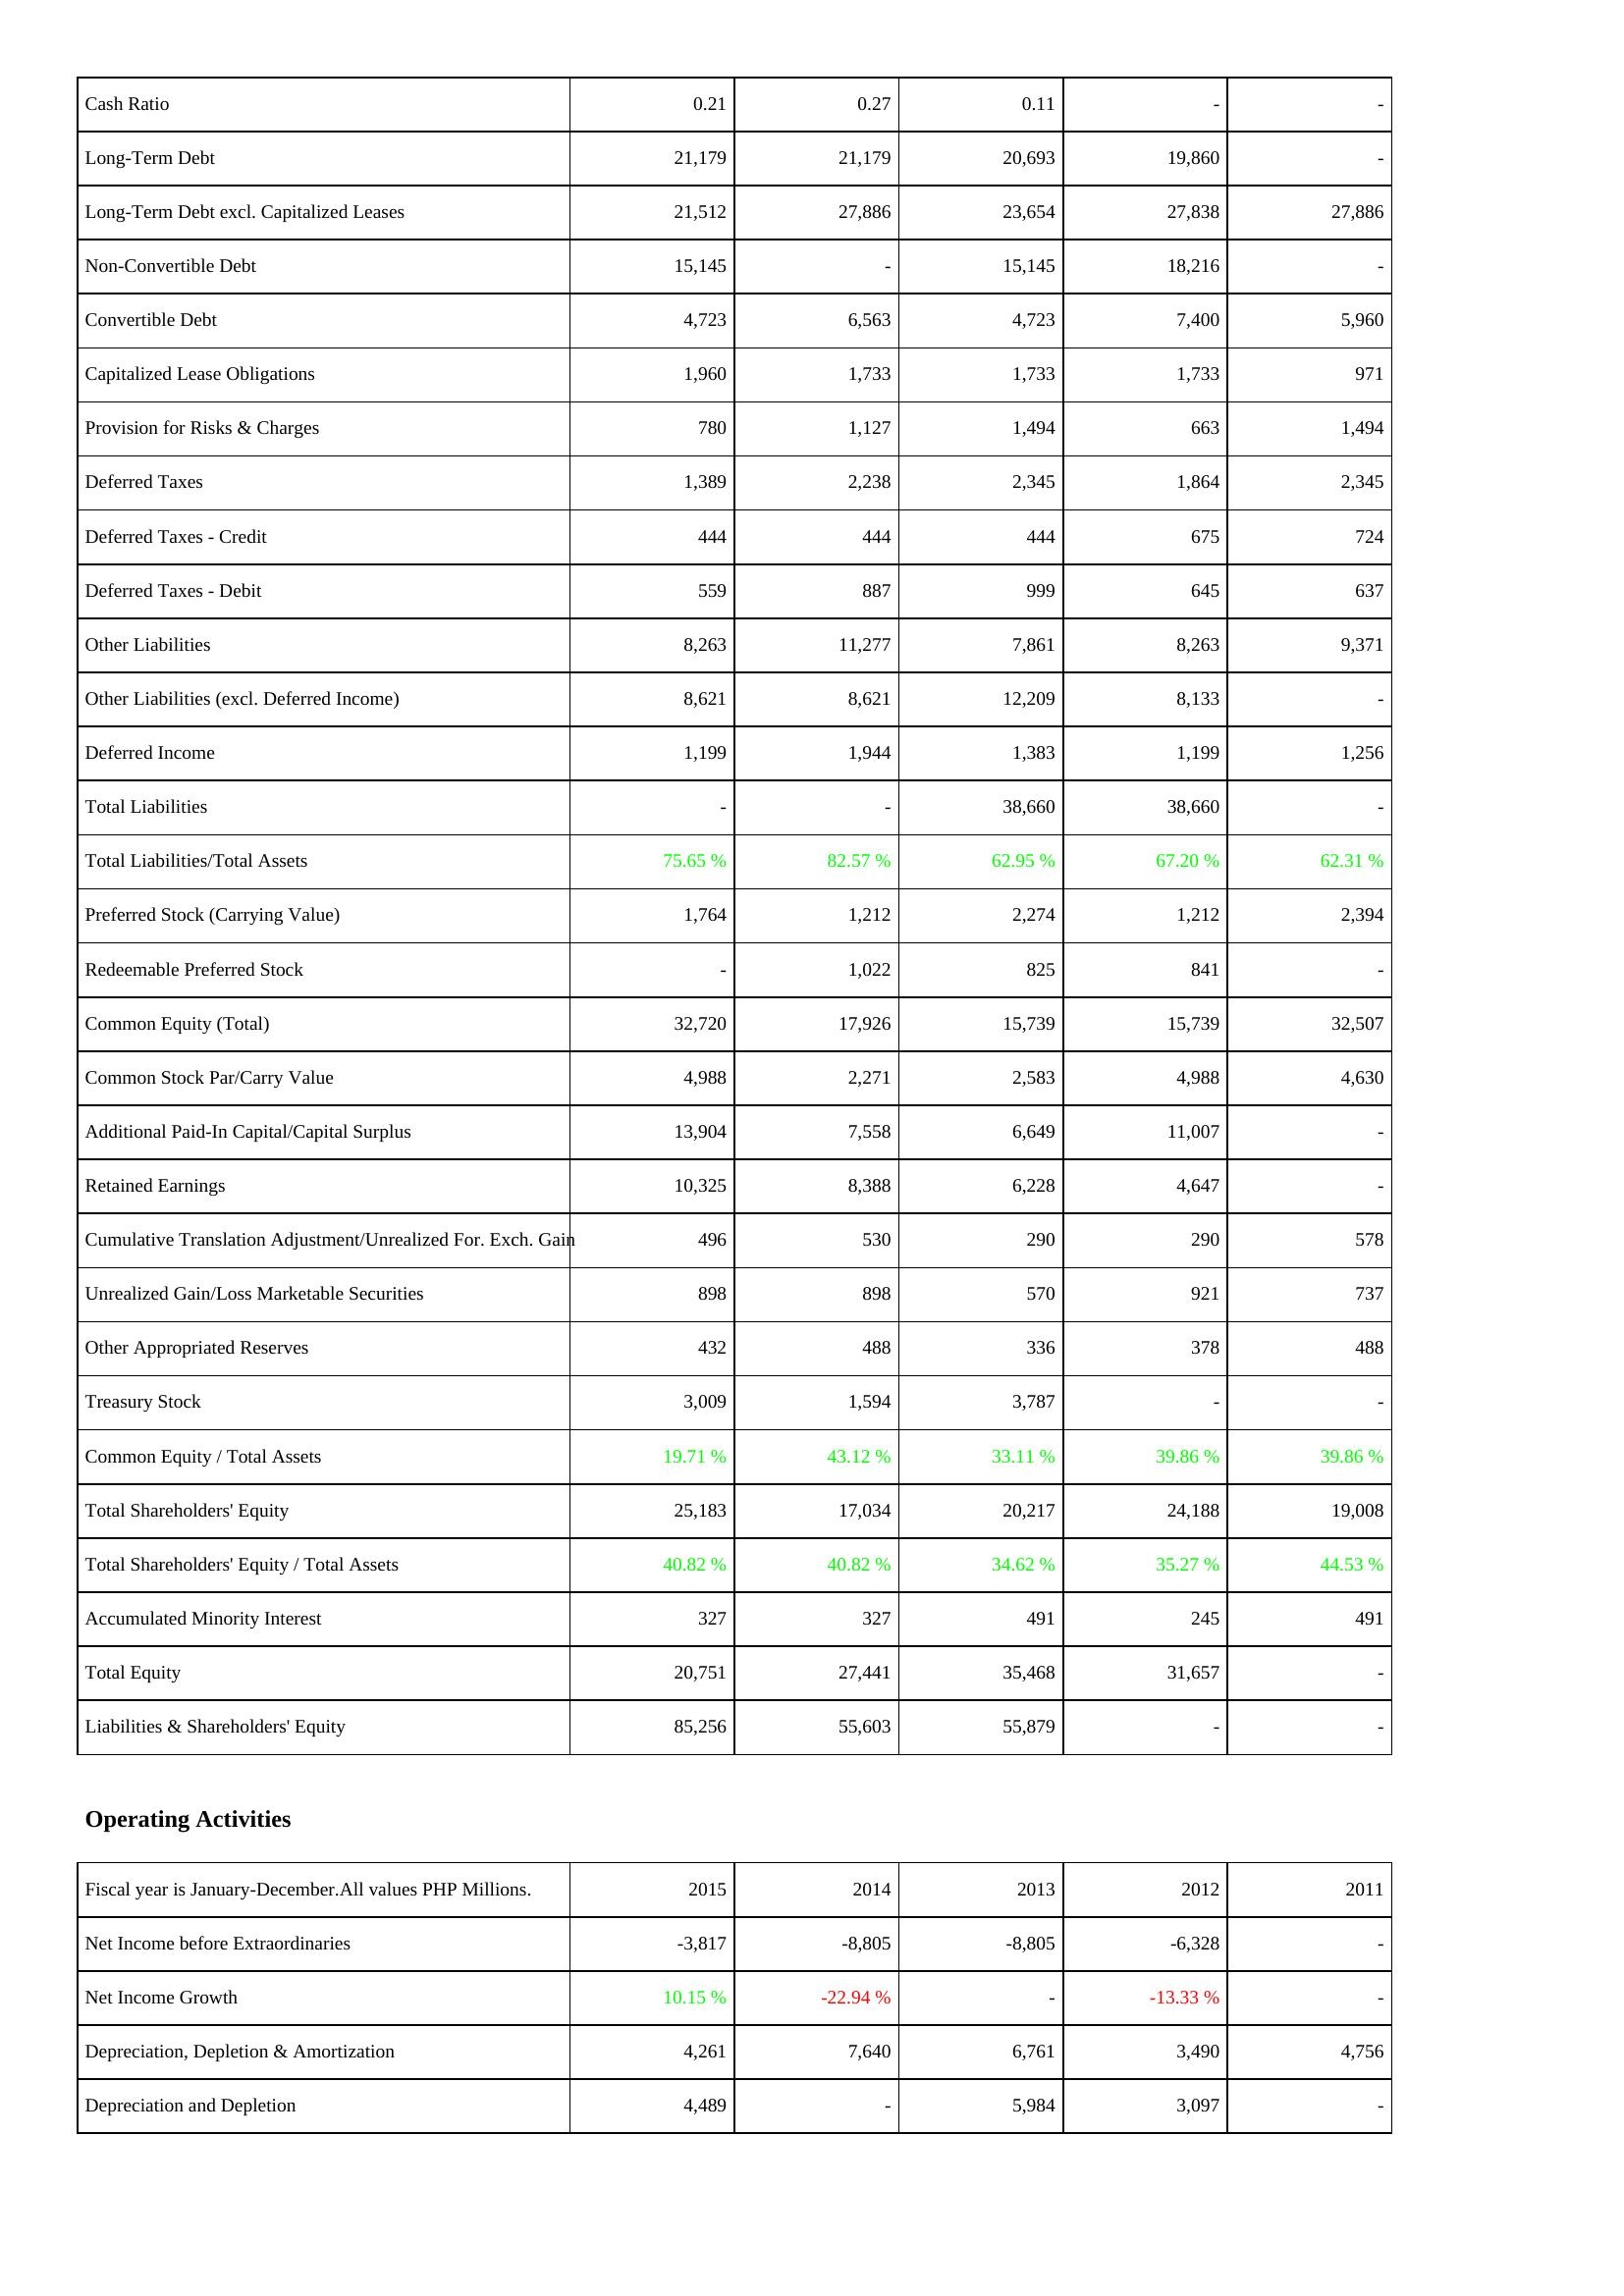
2015: Liabilities & Shareholders' Equity: Cash Ratio: 0.21
Long-Term Debt: 21,179
Long-Term Debt excl. Capitalized Leases: 21,512
Non-Convertible Debt: 15,145
Convertible Debt: 4,723
Capitalized Lease Obligations: 1,960
Provision for Risks & Charges: 780
Deferred Taxes: 1,389
Deferred Taxes - Credit: 444
Deferred Taxes - Debit: 559
Other Liabilities: 8,263
Other Liabilities (excl. Deferred Income): 8,621
Deferred Income: 1,199
Total Liabilities: -
Total Liabilities/Total Assets: 75.65 %
Preferred Stock (Carrying Value): 1,764
Redeemable Preferred Stock: -
Common Equity (Total): 32,720
Common Stock Par/Carry Value: 4,988
Additional Paid-In Capital/Capital Surplus: 13,904
Retained Earnings: 10,325
Cumulative Translation Adjustment/Unrealized For. Exch. Gain: 496
Unrealized Gain/Loss Marketable Securities: 898
Other Appropriated Reserves: 432
Treasury Stock: 3,009
Common Equity / Total Assets: 19.71 %
Total Shareholders' Equity: 25,183
Total Shareholders' Equity / Total Assets: 40.82 %
Accumulated Minority Interest: 327
Total Equity: 20,751
Liabilities & Shareholders' Equity: 85,256
Operating Activities: Net Income before Extraordinaries: -3,817
Net Income Growth: 10.15 %
Depreciation, Depletion & Amortization: 4,261
Depreciation and Depletion: 4,489
2014: Liabilities & Shareholders' Equity: Cash Ratio: 0.27
Long-Term Debt: 21,179
Long-Term Debt excl. Capitalized Leases: 27,886
Non-Convertible Debt: -
Convertible Debt: 6,563
Capitalized Lease Obligations: 1,733
Provision for Risks & Charges: 1,127
Deferred Taxes: 2,238
Deferred Taxes - Credit: 444
Deferred Taxes - Debit: 887
Other Liabilities: 11,277
Other Liabilities (excl. Deferred Income): 8,621
Deferred Income: 1,944
Total Liabilities: -
Total Liabilities/Total Assets: 82.57 %
Preferred Stock (Carrying Value): 1,212
Redeemable Preferred Stock: 1,022
Common Equity (Total): 17,926
Common Stock Par/Carry Value: 2,271
Additional Paid-In Capital/Capital Surplus: 7,558
Retained Earnings: 8,388
Cumulative Translation Adjustment/Unrealized For. Exch. Gain: 530
Unrealized Gain/Loss Marketable Securities: 898
Other Appropriated Reserves: 488
Treasury Stock: 1,594
Common Equity / Total Assets: 43.12 %
Total Shareholders' Equity: 17,034
Total Shareholders' Equity / Total Assets: 40.82 %
Accumulated Minority Interest: 327
Total Equity: 27,441
Liabilities & Shareholders' Equity: 55,603
Operating Activities: Net Income before Extraordinaries: -8,805
Net Income Growth: -22.94 %
Depreciation, Depletion & Amortization: 7,640
Depreciation and Depletion: -
2013: Liabilities & Shareholders' Equity: Cash Ratio: 0.11
Long-Term Debt: 20,693
Long-Term Debt excl. Capitalized Leases: 23,654
Non-Convertible Debt: 15,145
Convertible Debt: 4,723
Capitalized Lease Obligations: 1,733
Provision for Risks & Charges: 1,494
Deferred Taxes: 2,345
Deferred Taxes - Credit: 444
Deferred Taxes - Debit: 999
Other Liabilities: 7,861
Other Liabilities (excl. Deferred Income): 12,209
Deferred Income: 1,383
Total Liabilities: 38,660
Total Liabilities/Total Assets: 62.95 %
Preferred Stock (Carrying Value): 2,274
Redeemable Preferred Stock: 825
Common Equity (Total): 15,739
Common Stock Par/Carry Value: 2,583
Additional Paid-In Capital/Capital Surplus: 6,649
Retained Earnings: 6,228
Cumulative Translation Adjustment/Unrealized For. Exch. Gain: 290
Unrealized Gain/Loss Marketable Securities: 570
Other Appropriated Reserves: 336
Treasury Stock: 3,787
Common Equity / Total Assets: 33.11 %
Total Shareholders' Equity: 20,217
Total Shareholders' Equity / Total Assets: 34.62 %
Accumulated Minority Interest: 491
Total Equity: 35,468
Liabilities & Shareholders' Equity: 55,879
Operating Activities: Net Income before Extraordinaries: -8,805
Net Income Growth: -
Depreciation, Depletion & Amortization: 6,761
Depreciation and Depletion: 5,984
2012: Liabilities & Shareholders' Equity: Cash Ratio: -
Long-Term Debt: 19,860
Long-Term Debt excl. Capitalized Leases: 27,838
Non-Convertible Debt: 18,216
Convertible Debt: 7,400
Capitalized Lease Obligations: 1,733
Provision for Risks & Charges: 663
Deferred Taxes: 1,864
Deferred Taxes - Credit: 675
Deferred Taxes - Debit: 645
Other Liabilities: 8,263
Other Liabilities (excl. Deferred Income): 8,133
Deferred Income: 1,199
Total Liabilities: 38,660
Total Liabilities/Total Assets: 67.20 %
Preferred Stock (Carrying Value): 1,212
Redeemable Preferred Stock: 841
Common Equity (Total): 15,739
Common Stock Par/Carry Value: 4,988
Additional Paid-In Capital/Capital Surplus: 11,007
Retained Earnings: 4,647
Cumulative Translation Adjustment/Unrealized For. Exch. Gain: 290
Unrealized Gain/Loss Marketable Securities: 921
Other Appropriated Reserves: 378
Treasury Stock: -
Common Equity / Total Assets: 39.86 %
Total Shareholders' Equity: 24,188
Total Shareholders' Equity / Total Assets: 35.27 %
Accumulated Minority Interest: 245
Total Equity: 31,657
Liabilities & Shareholders' Equity: -
Operating Activities: Net Income before Extraordinaries: -6,328
Net Income Growth: -13.33 %
Depreciation, Depletion & Amortization: 3,490
Depreciation and Depletion: 3,097
2011: Liabilities & Shareholders' Equity: Cash Ratio: -
Long-Term Debt: -
Long-Term Debt excl. Capitalized Leases: 27,886
Non-Convertible Debt: -
Convertible Debt: 5,960
Capitalized Lease Obligations: 971
Provision for Risks & Charges: 1,494
Deferred Taxes: 2,345
Deferred Taxes - Credit: 724
Deferred Taxes - Debit: 637
Other Liabilities: 9,371
Other Liabilities (excl. Deferred Income): -
Deferred Income: 1,256
Total Liabilities: -
Total Liabilities/Total Assets: 62.31 %
Preferred Stock (Carrying Value): 2,394
Redeemable Preferred Stock: -
Common Equity (Total): 32,507
Common Stock Par/Carry Value: 4,630
Additional Paid-In Capital/Capital Surplus: -
Retained Earnings: -
Cumulative Translation Adjustment/Unrealized For. Exch. Gain: 578
Unrealized Gain/Loss Marketable Securities: 737
Other Appropriated Reserves: 488
Treasury Stock: -
Common Equity / Total Assets: 39.86 %
Total Shareholders' Equity: 19,008
Total Shareholders' Equity / Total Assets: 44.53 %
Accumulated Minority Interest: 491
Total Equity: -
Liabilities & Shareholders' Equity: -
Operating Activities: Net Income before Extraordinaries: -
Net Income Growth: -
Depreciation, Depletion & Amortization: 4,756
Depreciation and Depletion: -